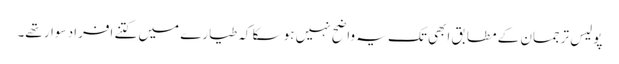
پولیس ترجمان کے مطابق ابھی تک یہ واضح نہیں ہو سکا کہ طیارے میں کتنے افراد سوار تھے۔